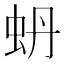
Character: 蚒